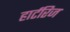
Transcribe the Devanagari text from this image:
हार्टरिज